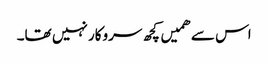
اس سے ھمیں کچھ سروکار نہیں تھا۔